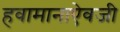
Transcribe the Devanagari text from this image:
हवामानाऐवजी